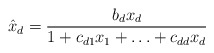
\begin{align*}\hat{x}_{d}=\frac{b_{d}x_{d}}{1+c_{d1}x_{1}+\mathellipsis +c_{dd}x_{d}}\end{align*}